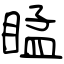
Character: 䁅